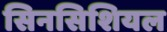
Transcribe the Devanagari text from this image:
सिनसिशियल